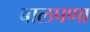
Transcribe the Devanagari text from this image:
बालपणा